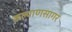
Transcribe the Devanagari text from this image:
कल्याणसागर